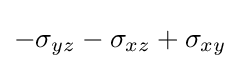
-\sigma _{yz}-\sigma _{xz}+\sigma _{xy}